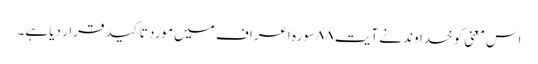
اس معنی کو خداوند نے آیت ٨٨سورہ اعراف میں مورد تاکید قرار دیا ہے۔